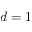
d = 1